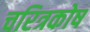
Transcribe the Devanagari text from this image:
चरित्रकोष